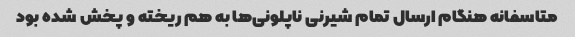
متاسفانه هنگام ارسال تمام شیرنی ناپلونی‌ها به هم ریخته و پخش شده بود